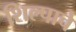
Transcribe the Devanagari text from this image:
शिल्पाचे